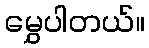
မွှေပါတယ်။